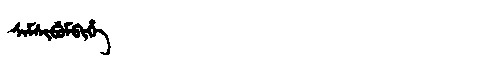
Manchu: ᠰᠠᠮᠰᡳᠪᡠᠮᠪᡳᡥᡝ
Romanization: SAMSIBUMBIHE